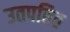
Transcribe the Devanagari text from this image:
उतपतित